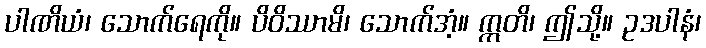
ပါဏိယံ၊ သောက်ရေကို။ ပိဝိဿာမိ၊ သောက်အံ့။ ဣတိ၊ ဤသို့။ ဥဒပါနံ၊